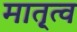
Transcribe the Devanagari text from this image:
मातृ्त्व